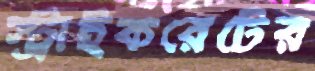
স্ট্রাইকরেটের